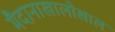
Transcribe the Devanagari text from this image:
मैदानाखालोखाल